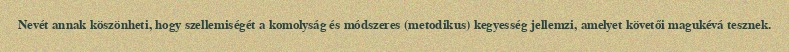
Nevét annak köszönheti, hogy szellemiségét a komolyság és módszeres (metodikus) kegyesség jellemzi, amelyet követői magukévá tesznek.